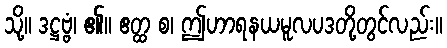
သို့။ ဒဋ္ဌဗ္ဗံ၊ ၏။ ဧတ္ထ စ၊ ဤဟာရနယမူလပဒတို့တွင်လည်း။